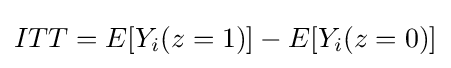
ITT=E[Y_{i}(z=1)]-E[Y_{i}(z=0)]